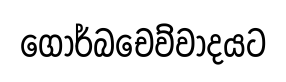
ගොර්බචෙව්වාදයට